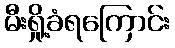
မီးရှို့ခံရကြောင်း